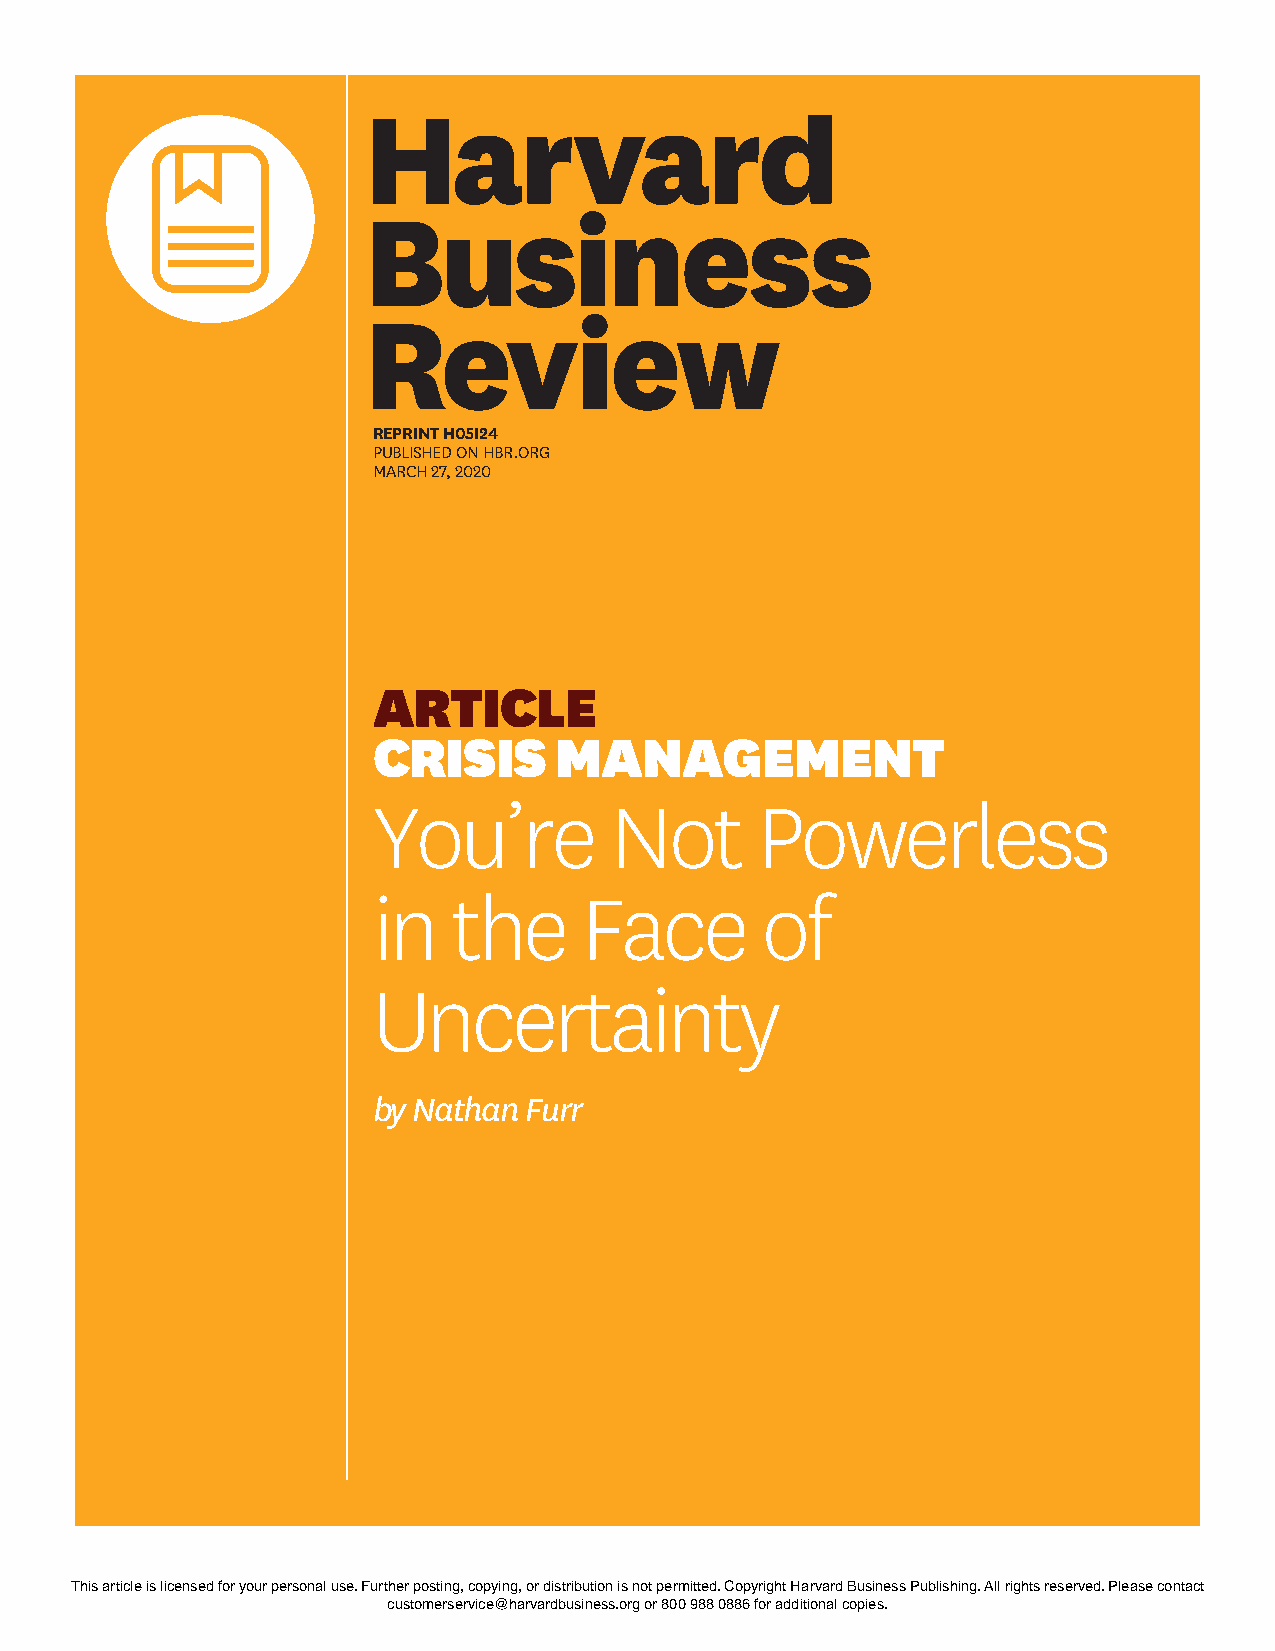
REPRINT H05I24
 PUBLISHED ON HBR.ORG
 MARCH 27, 2020
 ARTICLE
 CRISIS      MANAGEMENT
 You’re         Not       Powerless
 in   the      Face       of
 Uncertainty
 by Nathan Furr
 T h is a rtic le is lic e n s e d fo r y o u r p e rs o n a l u s e . F u
 crth ue s tor
 p
 mo e rs e rvs
 tin g , c
 ic e @o
 p y in
 hg a rv a rd b u s,
 o r d is trib
 in e s s .ou
 tio n is
 rg
 n
 o r 8 0 0o
 t p e rm
 9 8 8 0 8itte
 d . C
 8o 6p fo r ay
 rig h
 d dt
 H
 itio n a l c oa
 rv a rd B
 pu ie ss
 in
 .e
 s s P u b lis h in g . A ll rig h ts re s e rv e d . P le a s e c o n ta c t